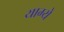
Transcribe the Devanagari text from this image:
याम्ये